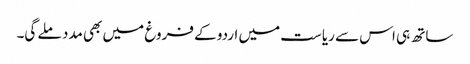
ساتھ ہی اس سے ریاست میں اردو کے فروغ میں بھی مدد ملے گی۔